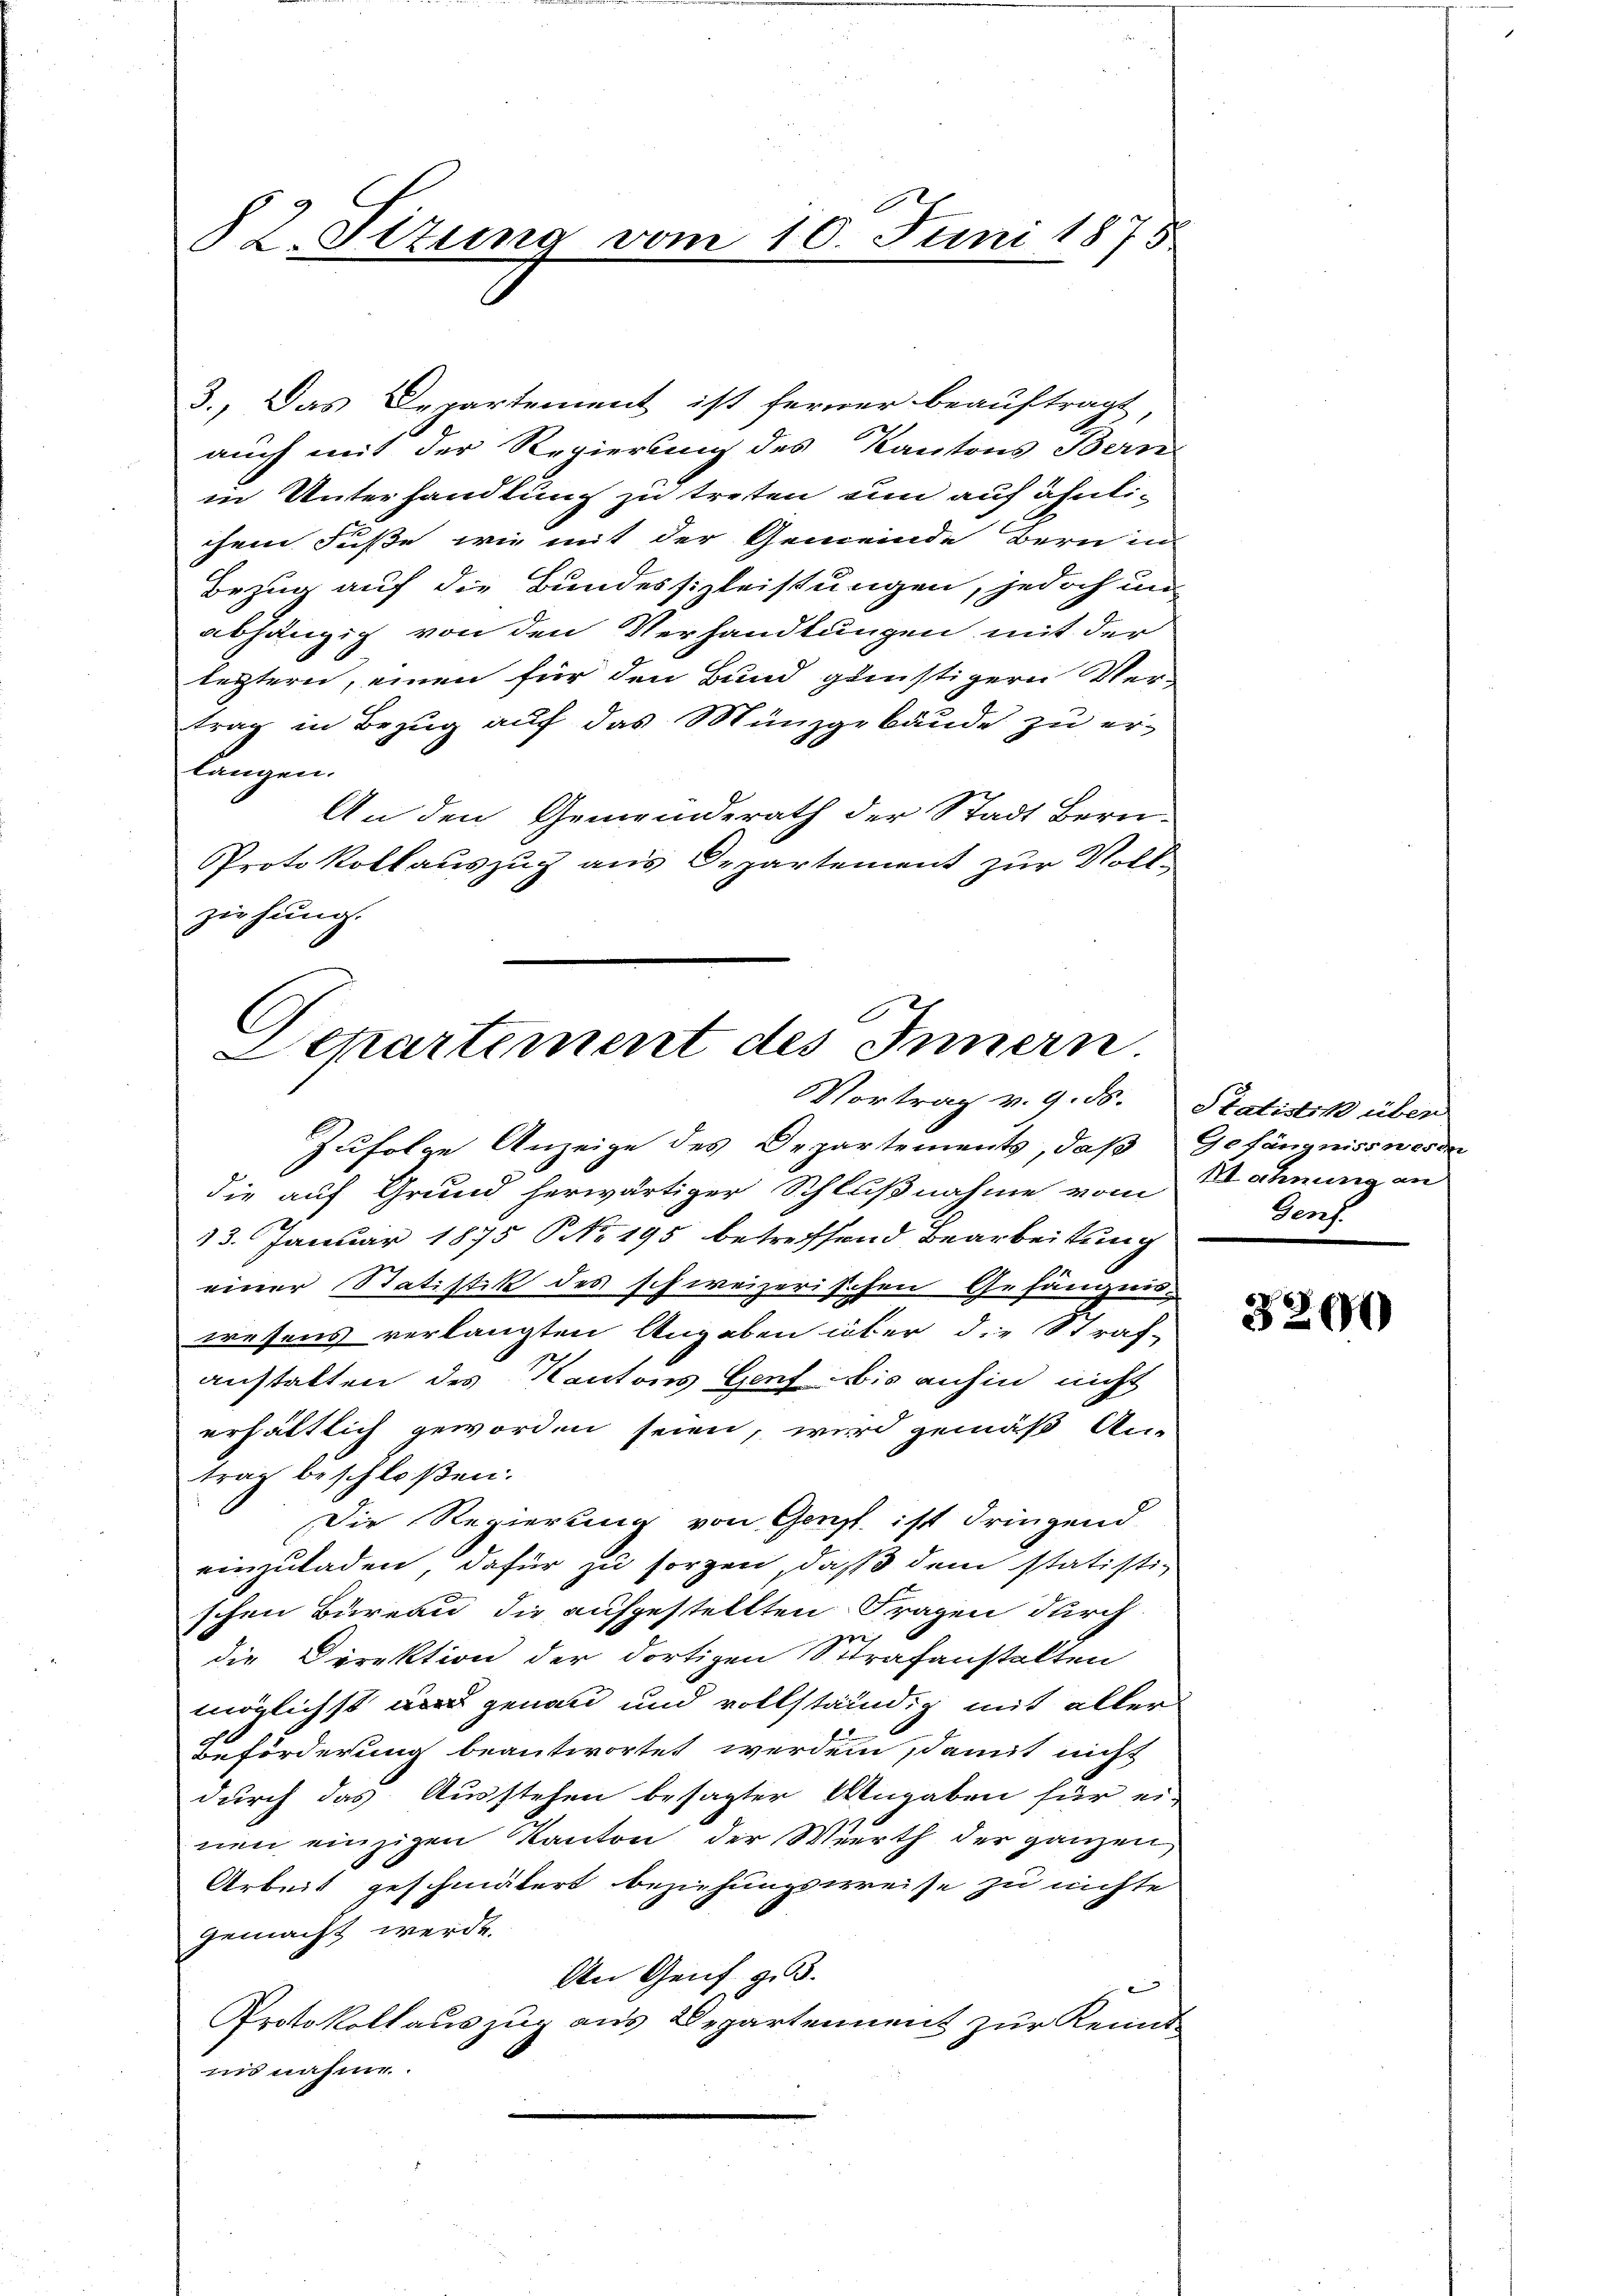
§ 2. Ottung vom 10. Juni 1875

3., Das Departement ist ferner beauftragt,
auch mit der Regierung des Kantons Bern
in Unterhandlung zu treten um auf ähnlichem Fuße wie mit der Gemeinde Bern in
Bezug auf die Bundessizleistungen, jedoch un
abhängig von den Verhandlungen mit der
leztern, einen für den Bund günstigern Ver-
trag in Bezug auf das Münzgebäude zu erlangen.
An den Gemeinderath der Stadt Bern.
Protokollauszug aus Departement zur Vollziehung.

C
Departement des Innern
Vortrag v. 9. ds. Statistik über

Zufolge Anzeige des Departements, daß Gefängniss werde
die auf Grund herwärtiger Schlußnahme vom
13. Januar 1875 NNo. 195 betreffend Bearbeitung
einer Statistik des schweizerischen Gefängnis-
wesens verlangten Angaben über die Straf-
anstalten des Kantons Genf bis anhin nicht
erhältlich geworden seien, wird gemäß An-
trag beschloßen:
Die Regierung von Genzt ist dringend
einzuladen, dafür zu sorgen, daß dem statisti-
schen Büreau die aufgestellten Fragen durch
die Direktion der dortigen Strafanstalten
möglichst wird genau und vollständig mit aller
Beförderung beantwortet werden, damit nicht
durch das Ausstehen besagter Angaben für ei-
nen einzigen Kanton der Werth der ganzen
Arbeit geschmälert beziehungsweise zu nichte
gemacht werde.
An Genf z. B.
d
Protokollauszug aus Departennent zur Kennt
ins nahme.

Mahnung an
Genf.

3200